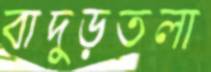
বাদুড়তলা